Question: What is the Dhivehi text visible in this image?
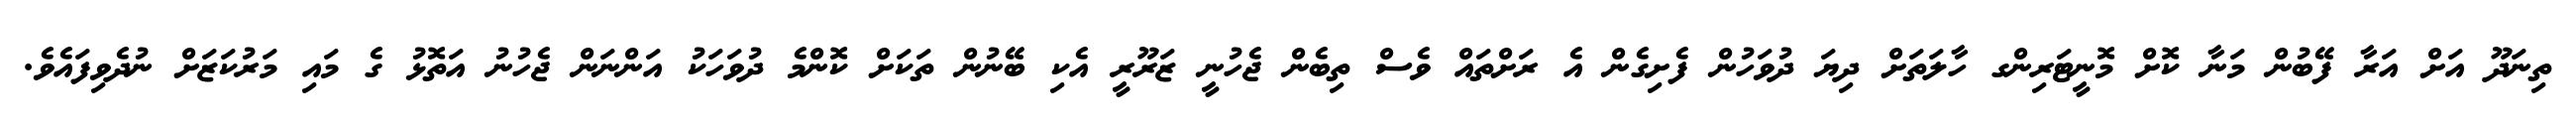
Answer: ތިނަދޫ އަށް އަރާ ފޭބުން މަނާ ކޮށް މޮނީޓަރިންގ ހާލަތަށް ދިޔަ ދުވަހުން ފެށިގެން އެ ރަށްތައް ވެސް ތިބެން ޖެހުނީ ޒަރޫރީ އެކި ބޭނުން ތަކަށް ކޮންމެ ދުވަހަކު އަންނަން ޖެހުނު އަތޮޅު ގެ މައި މަރުކަޒަށް ނުދެވިފައެވެ.